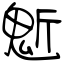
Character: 鬿